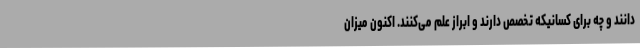
‌دانند و چه برای کسانیکه تخصص دارند و ابراز علم می‌کنند. اکنون میزان